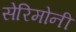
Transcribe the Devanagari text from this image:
सेरिमोनी